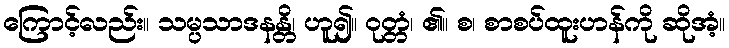
ကြောင့်လည်း။ သမ္ပသာဒနန္တိ၊ ဟူ၍။ ဝုတ္တံ၊ ၏။ စ၊ စာစပ်ထူးဟန်ကို ဆိုအံ့။